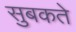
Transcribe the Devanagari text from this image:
सुबकते